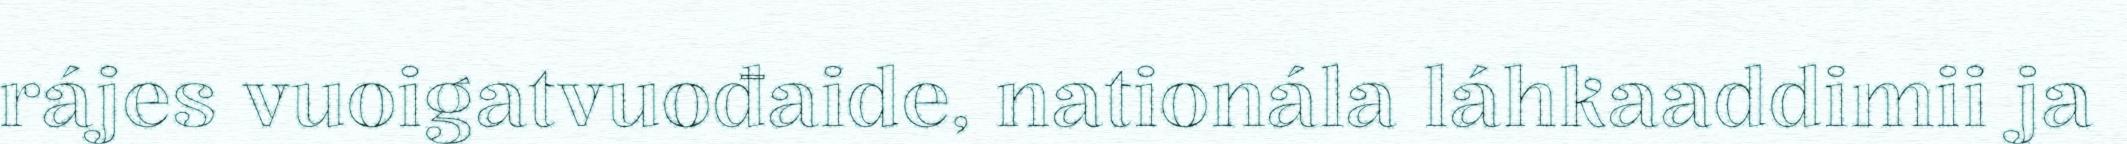
rájes vuoigatvuođaide, nationála láhkaaddimii ja